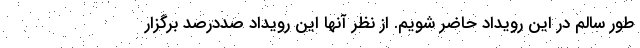
طور سالم در این رویداد حاضر شویم. از نظر آنها این رویداد صددرصد برگزار